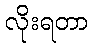
လိုးရတာ